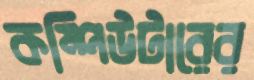
কম্পিউটারের